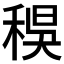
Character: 𥟔